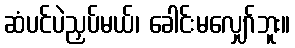
ဆံပင်ပဲညှပ်မယ်၊ ခေါင်းမလျှော်ဘူး။